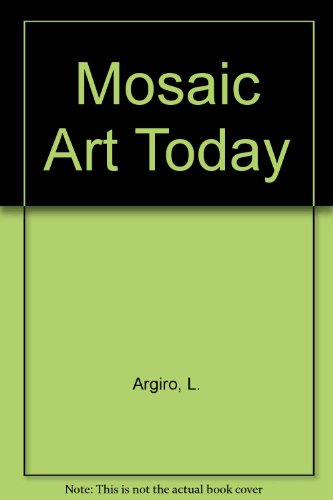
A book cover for Mosaic Art Today; L Argiro; Arts & Photography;